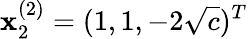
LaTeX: \mathbf{x}_{2}^{(2)}=(1,1,-2\sqrt{c})^{T}